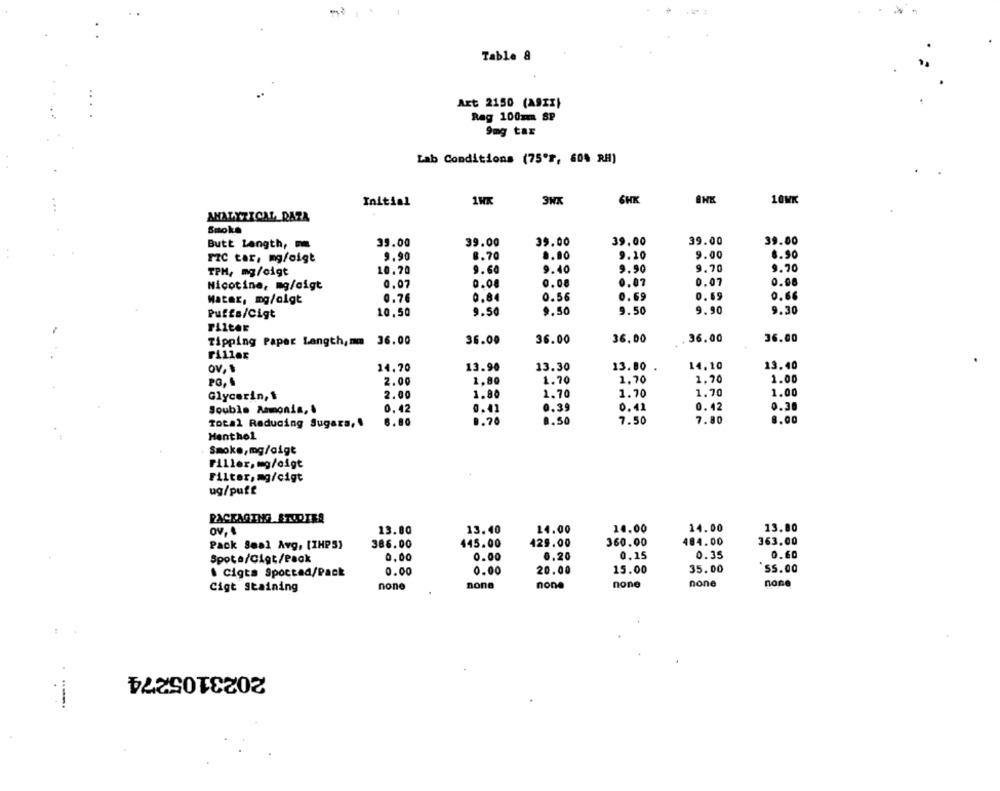
Table 8
Art 2150 (A9xx)
Rag 100mm SP
9mg tax
Lab Conditions (75'r, 60% RH)
6HK
Initial
1HK
3WK
10MK
ANALYTICAL DAZA
Smoke
Butt Length,
39.00
39.00
39.00
39.00
39.00
39.00
9.00
6.90
PIC tar, mg/oigt
9.90
8.70
9.00
9.20
10.70
9.60
9.40
9.90
9.70
9.70
TPH, mg/cigt
Nicotine, mg/oigt
0.07
0.08
0.08
0.07
0.07
0.08
Mater, mg/olgt
0.76
0.84
0.56
0.69
0.69
0.66
Puffs/Cigt
10.50
9.50
9.50
9.50
9.90
9.30
36.00
36.00
36,00
36.00
36.00
Tipping Paper Langth, mm 36.00
Fillex
14.10
13.40
ov, 1
14.70
13.90
13.30
13.80
2.00
1.80
1.70
1.70
1.70
1.00
PO. .
Glycerin, 1
2.00
1.80
1.70
1.70
1.70
1.00
Souble Ammonia, .
0,42
0.41
0.39
0.41
0.42
0.30
8.00
Total Reducing Sugars,
6.80
0.70
8.50
7.50
7.80
Menthol
Smoke,mg/digt
Filler, mg/cigt
Filter, mg/cigt
ug/puff
PACKAGING STUDIER
13.80
13.40
14.00
10.00
14.00
13.80
OV, 1
Pack Seal Avg, [IHPS)
386.00
445.00
429.00
360.00
404.00
363.00
0.15
0.35
0.60
Spota/Cigt/Pack
0,00
0.00
0.20
0.00
20.00
15.00
35.00
55.00
. Cigts Spoctad/Pack
0.00
none
none
none
none
none
none
Cigt Staining
2023105274
-.